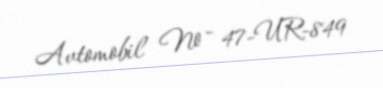
Avtomobil № - 47-UR-849